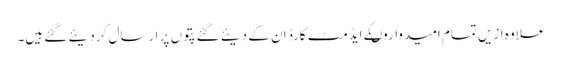
علاوہ ازیں تمام امیدواروںکے ایڈمٹ کارڈ ان کے دیئے گئے پتوں پر ارسال کردیئے گئے ہیں۔